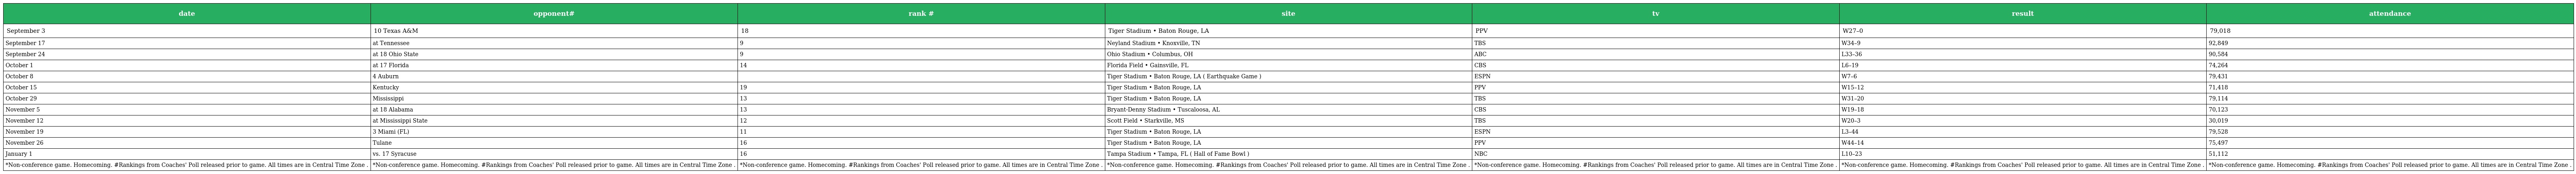
| date | opponent# | rank # | site | tv | result | attendance |
 | --- | --- | --- | --- | --- | --- | --- |
 | September 3 | 10 Texas A&M | 18 | Tiger Stadium • Baton Rouge, LA | PPV | W27–0 | 79,018 |
 | September 17 | at Tennessee | 9 | Neyland Stadium • Knoxville, TN | TBS | W34–9 | 92,849 |
 | September 24 | at 18 Ohio State | 9 | Ohio Stadium • Columbus, OH | ABC | L33–36 | 90,584 |
 | October 1 | at 17 Florida | 14 | Florida Field • Gainsville, FL | CBS | L6–19 | 74,264 |
 | October 8 | 4 Auburn |  | Tiger Stadium • Baton Rouge, LA ( Earthquake Game ) | ESPN | W7–6 | 79,431 |
 | October 15 | Kentucky | 19 | Tiger Stadium • Baton Rouge, LA | PPV | W15–12 | 71,418 |
 | October 29 | Mississippi | 13 | Tiger Stadium • Baton Rouge, LA | TBS | W31–20 | 79,114 |
 | November 5 | at 18 Alabama | 13 | Bryant-Denny Stadium • Tuscaloosa, AL | CBS | W19–18 | 70,123 |
 | November 12 | at Mississippi State | 12 | Scott Field • Starkville, MS | TBS | W20–3 | 30,019 |
 | November 19 | 3 Miami (FL) | 11 | Tiger Stadium • Baton Rouge, LA | ESPN | L3–44 | 79,528 |
 | November 26 | Tulane | 16 | Tiger Stadium • Baton Rouge, LA | PPV | W44–14 | 75,497 |
 | January 1 | vs. 17 Syracuse | 16 | Tampa Stadium • Tampa, FL ( Hall of Fame Bowl ) | NBC | L10–23 | 51,112 |
 | *Non-conference game. Homecoming. #Rankings from Coaches' Poll released prior to game. All times are in Central Time Zone . | *Non-conference game. Homecoming. #Rankings from Coaches' Poll released prior to game. All times are in Central Time Zone . | *Non-conference game. Homecoming. #Rankings from Coaches' Poll released prior to game. All times are in Central Time Zone . | *Non-conference game. Homecoming. #Rankings from Coaches' Poll released prior to game. All times are in Central Time Zone . | *Non-conference game. Homecoming. #Rankings from Coaches' Poll released prior to game. All times are in Central Time Zone . | *Non-conference game. Homecoming. #Rankings from Coaches' Poll released prior to game. All times are in Central Time Zone . | *Non-conference game. Homecoming. #Rankings from Coaches' Poll released prior to game. All times are in Central Time Zone . |